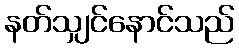
နတ်သျှင်နောင်သည်